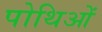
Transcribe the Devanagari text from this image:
पोथिओं